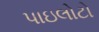
પાઇલોટો